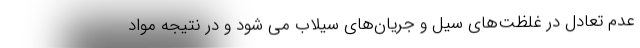
عدم تعادل در غلظت‌های سیل و جریان‌های سیلاب می شود و در نتیجه مواد